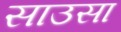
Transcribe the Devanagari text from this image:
साउसा